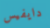
دايفيس